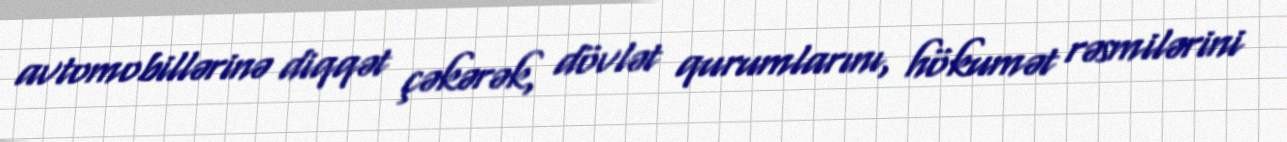
avtomobillərinə diqqət çəkərək, dövlət qurumlarını, hökumət rəsmilərini